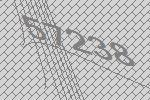
57238